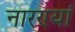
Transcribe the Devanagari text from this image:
नारण्यां